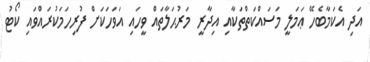
އަދި އެކަމާބެހޭ ޢަމަލީ މަސައްކަތްތަކާއި އިދާރީ މަރުޙަލާތައް ވީހައި އަވަހަކަށް ފުރިހަމަކުރައްވައި ކޯޓު